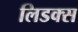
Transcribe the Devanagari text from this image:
लिडक्स